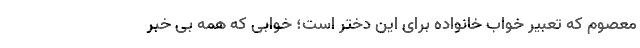
معصوم که تعبیر خواب خانواده برای این دختر است؛ خوابی که همه بی خبر